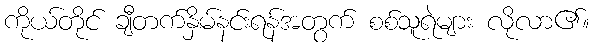
ကိုယ်တိုင် ချီတက်နှိမ်နင်းရန်အတွက် စစ်သူရဲများ လိုလာ၏။